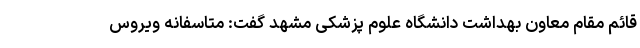
قائم مقام معاون بهداشت دانشگاه علوم پزشکی مشهد گفت: متاسفانه ویروس